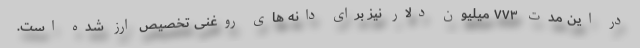
در این مدت ۷۷۳ میلیون دلار نیز برای دانه های روغنی تخصیص ارز شده است.